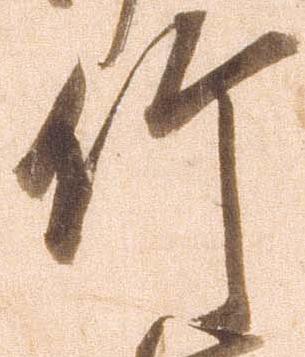
竹